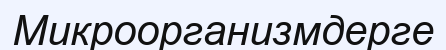
Микроорганизмдерге